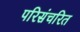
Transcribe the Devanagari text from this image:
परिसंचरित